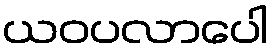
ယဝပလာပေါ